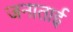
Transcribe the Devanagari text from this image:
जनाताई